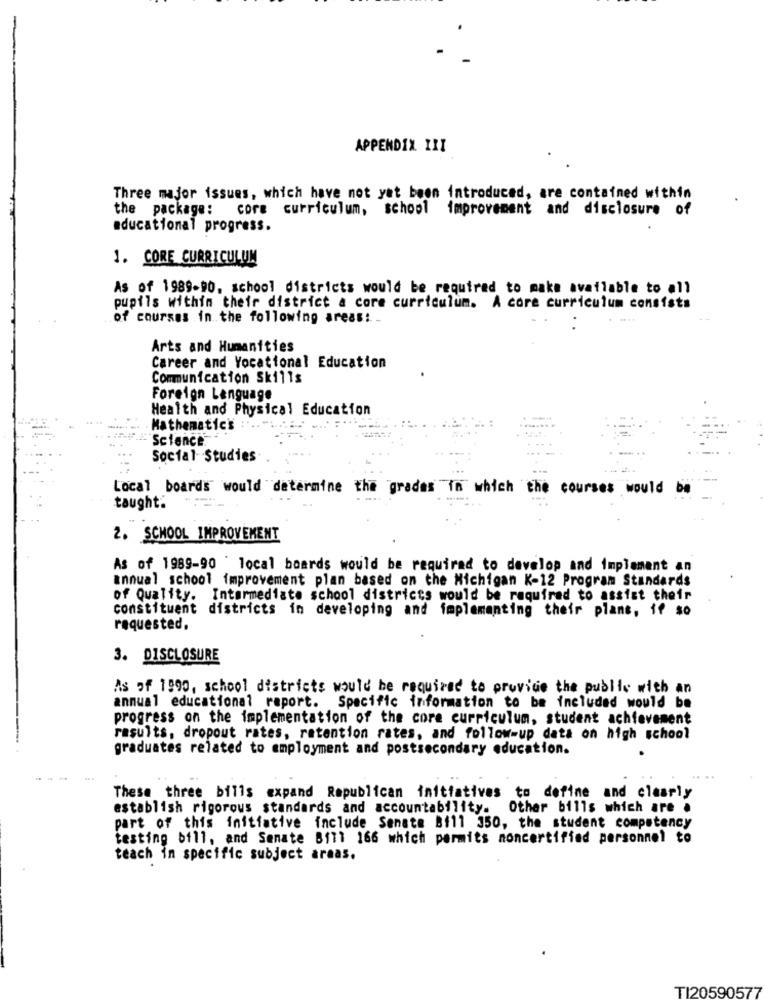
APPENDIX IRI
Three major issues, which have not yet been introduced, are contained within
the package: core curriculum, school improvement and disclosure of
educational progress.
1. CORE CURRICULUM
As of 1989-90, school districts would be required to make available to all
pupils within their district a core curriculum. A core curriculum consists
of courses in the following areas: _
Arts and Humanities
Career and Vocational Education
Communication Skills
Foreign Language
Health and Physical Education
Mathematic's
- Science
Social Studies
Local boards would determine the grades in which the courses would
taught.
2. SCHOOL IMPROVEMENT
As of 1989-90 ' local boards would be required to develop and implement an
annual school improvement plan based on the Michigan K-12 Program Standards
of Quality. Intermediate school districts would be required to assist their
constituent districts in developing and implementing their plans, if so
requested.
3. DISCLOSURE
As of 1990, school districts would be required to provide the public with an
annual educational raport. Specific information to be included would be
progress on the implementation of the core curriculum, student achievement
results, dropout rates, retention rates, and follow-up data on high school
graduates related to employment and postsecondary education.
These three bills expand Republican initiatives to define and clearly
establish rigorous standards and accountability. Other bills which are .
part of this initiative include Senate Bill 350, the student competency
testing bill, and Senate B171 166 which permits noncertified personnel to
teach in specific subject areas.
TI20590577